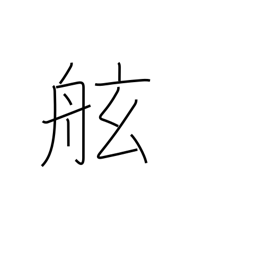
Meaning: gunwale